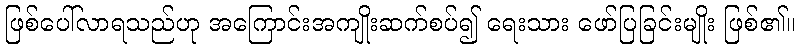
ဖြစ်ပေါ်လာရသည်ဟု အကြောင်းအကျိုးဆက်စပ်၍ ရေးသား ဖော်ပြခြင်းမျိုး ဖြစ်၏။